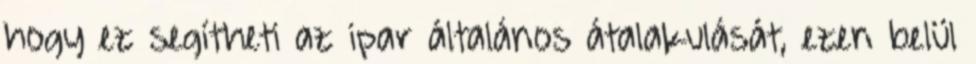
hogy ez segítheti az ipar általános átalakulását, ezen belül